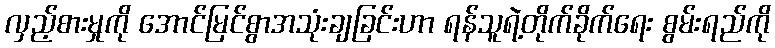
လှည့်စားမှုကို အောင်မြင်စွာအသုံးချခြင်းဟာ ရန်သူရဲ့တိုက်ခိုက်ရေး စွမ်းရည်ကို